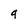
Character: g